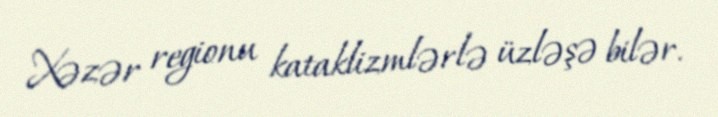
Xəzər regionu kataklizmlərlə üzləşə bilər.